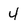
Character: 4